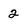
Character: 2